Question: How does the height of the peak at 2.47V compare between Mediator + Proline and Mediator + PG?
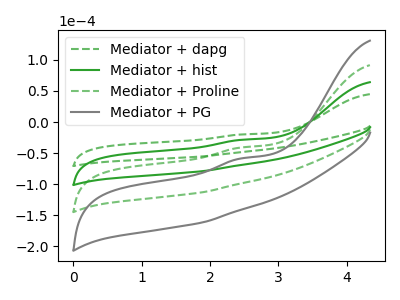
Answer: <think>The green dashed curve "Mediator + dapg" has an anodic peak at: (2.45V, -20.00uA). The green curve "Mediator + hist" has an anodic peak at: (2.45V, -28.60uA). The green dashed curve "Mediator + Proline" has an anodic peak at: (2.45V, -57.20uA). The gray curve "Mediator + PG" has an anodic peak at: (2.45V, -85.80uA).</think>
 <answer>The peak at 2.47V is higher in "Mediator + Proline" than in "Mediator + PG".</answer>
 <eval>higher</eval>